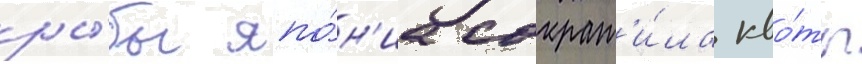
ры́бы япо́н'иа сократ'и́ла кво́ты